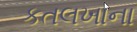
કતલખાના